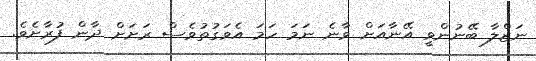
ނަޒްލާ ބޭނުންވީ އޭނާއަށް ވާނެ ނަމަ ހަމަ އެވަގުތުވެސް ރަށަށް ދާން ފުރާށެވެ.